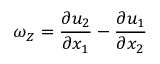
\omega _ { Z } = \frac { \partial u _ { 2 } } { \partial x _ { 1 } } - \frac { \partial u _ { 1 } } { \partial x _ { 2 } }